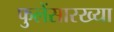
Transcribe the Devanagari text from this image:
फुलेंसारख्या